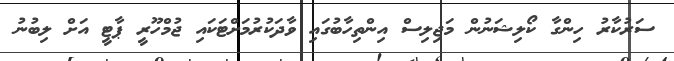
ސަރުކާރު ހިންގާ ކޯލިޝަނުން މަޖިލިސް އިންތިހާބުގައި ވާދަކުރުމަށްޓަކައި ޖުމްހޫރީ ޕާޓީ އަށް ލިބުނު